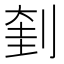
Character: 𠝥